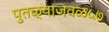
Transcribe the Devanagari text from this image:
पुतळ्याजवळ५७